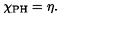
\chi _ { \mathrm { P H } } = \eta .